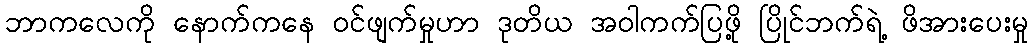
ဘာကလေကို နောက်ကနေ ဝင်ဖျက်မှုဟာ ဒုတိယ အဝါကက်ပြဖို့ ပြိုင်ဘက်ရဲ့ ဖိအားပေးမှု